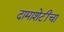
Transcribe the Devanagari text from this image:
दामाशेटींचा